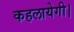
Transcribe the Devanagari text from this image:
कहलायेगी।